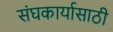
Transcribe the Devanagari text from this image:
संघकार्यासाठी